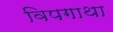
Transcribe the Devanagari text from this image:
विपगाथा